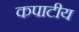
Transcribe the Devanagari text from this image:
कपाटीय